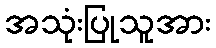
အသုံးပြုသူအား